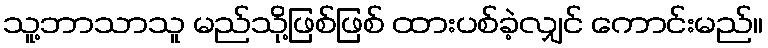
သူ့ဘာသာသူ မည်သို့ဖြစ်ဖြစ် ထားပစ်ခဲ့လျှင် ကောင်းမည်။